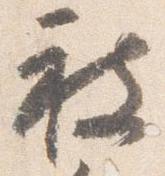
被